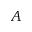
A